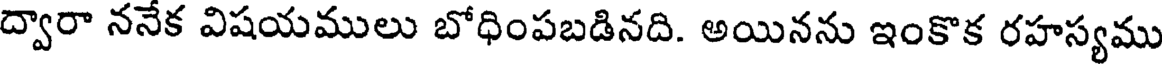
ద్వారా ననేక విషయములు బోధింపబడినది. అయినను ఇంకొక రహస్యము